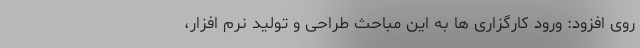
روی افزود: ورود کارگزاری ها به این مباحث طراحی و تولید نرم افزار،